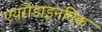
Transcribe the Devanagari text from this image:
एयरोडाइनमिक